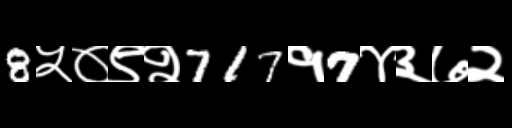
Text: 8५०९२717१7४३७२